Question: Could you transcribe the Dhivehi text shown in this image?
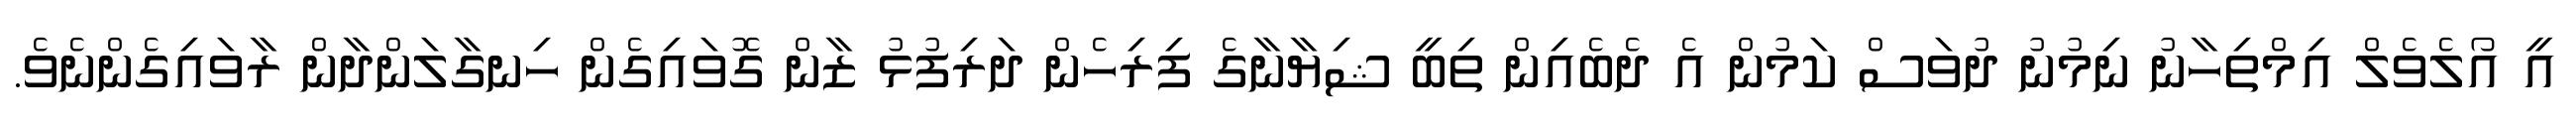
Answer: އީ އޯލެވެލް އިމްތިހާނު ނިމުނު ދުވަސް ކަމުން އެ ދެބެއިން ތިބީ ޝިޔާނާގެ ފިރިހެން ދަރިފުޅު ޒާން ގޮވައިގެން ހިނގާލަންދާން ރާވައިގެންނެވެ.